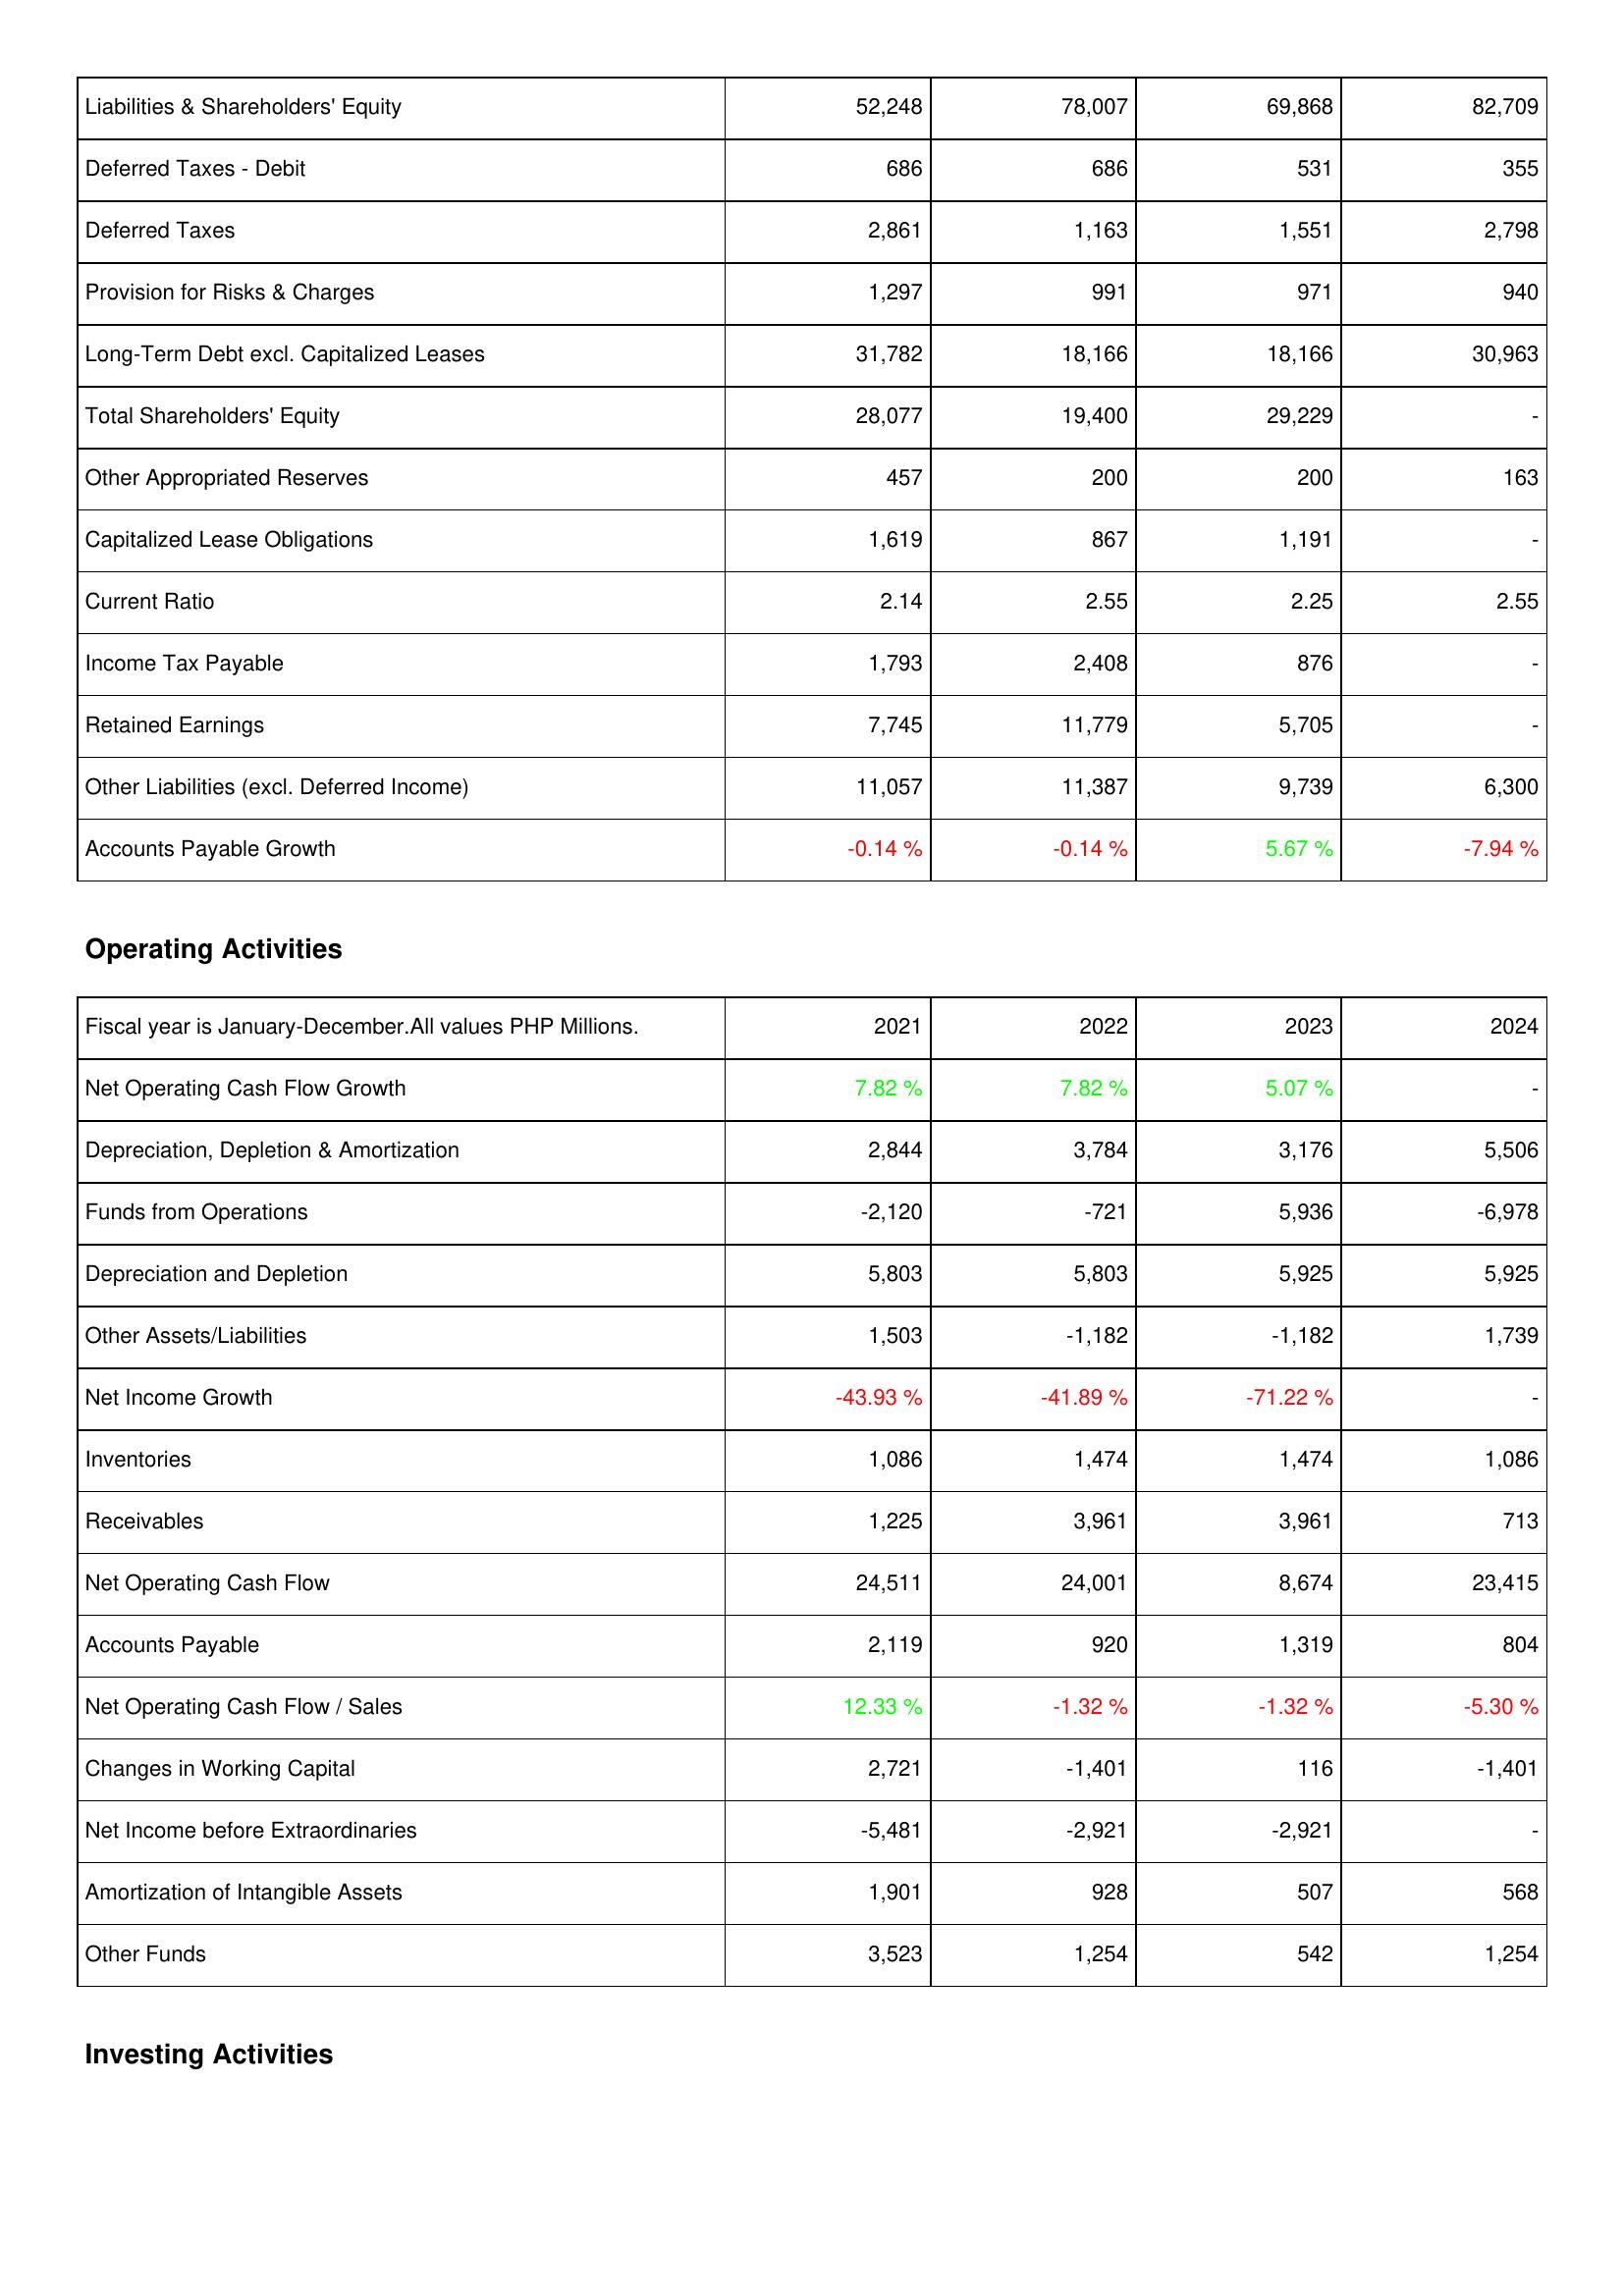
2021: Liabilities & Shareholders' Equity: Liabilities & Shareholders' Equity: 52,248
Deferred Taxes - Debit: 686
Deferred Taxes: 2,861
Provision for Risks & Charges: 1,297
Long-Term Debt excl. Capitalized Leases: 31,782
Total Shareholders' Equity: 28,077
Other Appropriated Reserves: 457
Capitalized Lease Obligations: 1,619
Current Ratio: 2.14
Income Tax Payable: 1,793
Retained Earnings: 7,745
Other Liabilities (excl. Deferred Income): 11,057
Accounts Payable Growth: -0.14 %
Operating Activities: Net Operating Cash Flow Growth: 7.82 %
Depreciation, Depletion & Amortization: 2,844
Funds from Operations: -2,120
Depreciation and Depletion: 5,803
Other Assets/Liabilities: 1,503
Net Income Growth: -43.93 %
Inventories: 1,086
Receivables: 1,225
Net Operating Cash Flow: 24,511
Accounts Payable: 2,119
Net Operating Cash Flow / Sales: 12.33 %
Changes in Working Capital: 2,721
Net Income before Extraordinaries: -5,481
Amortization of Intangible Assets: 1,901
Other Funds: 3,523
2022: Liabilities & Shareholders' Equity: Liabilities & Shareholders' Equity: 78,007
Deferred Taxes - Debit: 686
Deferred Taxes: 1,163
Provision for Risks & Charges: 991
Long-Term Debt excl. Capitalized Leases: 18,166
Total Shareholders' Equity: 19,400
Other Appropriated Reserves: 200
Capitalized Lease Obligations: 867
Current Ratio: 2.55
Income Tax Payable: 2,408
Retained Earnings: 11,779
Other Liabilities (excl. Deferred Income): 11,387
Accounts Payable Growth: -0.14 %
Operating Activities: Net Operating Cash Flow Growth: 7.82 %
Depreciation, Depletion & Amortization: 3,784
Funds from Operations: -721
Depreciation and Depletion: 5,803
Other Assets/Liabilities: -1,182
Net Income Growth: -41.89 %
Inventories: 1,474
Receivables: 3,961
Net Operating Cash Flow: 24,001
Accounts Payable: 920
Net Operating Cash Flow / Sales: -1.32 %
Changes in Working Capital: -1,401
Net Income before Extraordinaries: -2,921
Amortization of Intangible Assets: 928
Other Funds: 1,254
2023: Liabilities & Shareholders' Equity: Liabilities & Shareholders' Equity: 69,868
Deferred Taxes - Debit: 531
Deferred Taxes: 1,551
Provision for Risks & Charges: 971
Long-Term Debt excl. Capitalized Leases: 18,166
Total Shareholders' Equity: 29,229
Other Appropriated Reserves: 200
Capitalized Lease Obligations: 1,191
Current Ratio: 2.25
Income Tax Payable: 876
Retained Earnings: 5,705
Other Liabilities (excl. Deferred Income): 9,739
Accounts Payable Growth: 5.67 %
Operating Activities: Net Operating Cash Flow Growth: 5.07 %
Depreciation, Depletion & Amortization: 3,176
Funds from Operations: 5,936
Depreciation and Depletion: 5,925
Other Assets/Liabilities: -1,182
Net Income Growth: -71.22 %
Inventories: 1,474
Receivables: 3,961
Net Operating Cash Flow: 8,674
Accounts Payable: 1,319
Net Operating Cash Flow / Sales: -1.32 %
Changes in Working Capital: 116
Net Income before Extraordinaries: -2,921
Amortization of Intangible Assets: 507
Other Funds: 542
2024: Liabilities & Shareholders' Equity: Liabilities & Shareholders' Equity: 82,709
Deferred Taxes - Debit: 355
Deferred Taxes: 2,798
Provision for Risks & Charges: 940
Long-Term Debt excl. Capitalized Leases: 30,963
Total Shareholders' Equity: -
Other Appropriated Reserves: 163
Capitalized Lease Obligations: -
Current Ratio: 2.55
Income Tax Payable: -
Retained Earnings: -
Other Liabilities (excl. Deferred Income): 6,300
Accounts Payable Growth: -7.94 %
Operating Activities: Net Operating Cash Flow Growth: -
Depreciation, Depletion & Amortization: 5,506
Funds from Operations: -6,978
Depreciation and Depletion: 5,925
Other Assets/Liabilities: 1,739
Net Income Growth: -
Inventories: 1,086
Receivables: 713
Net Operating Cash Flow: 23,415
Accounts Payable: 804
Net Operating Cash Flow / Sales: -5.30 %
Changes in Working Capital: -1,401
Net Income before Extraordinaries: -
Amortization of Intangible Assets: 568
Other Funds: 1,254